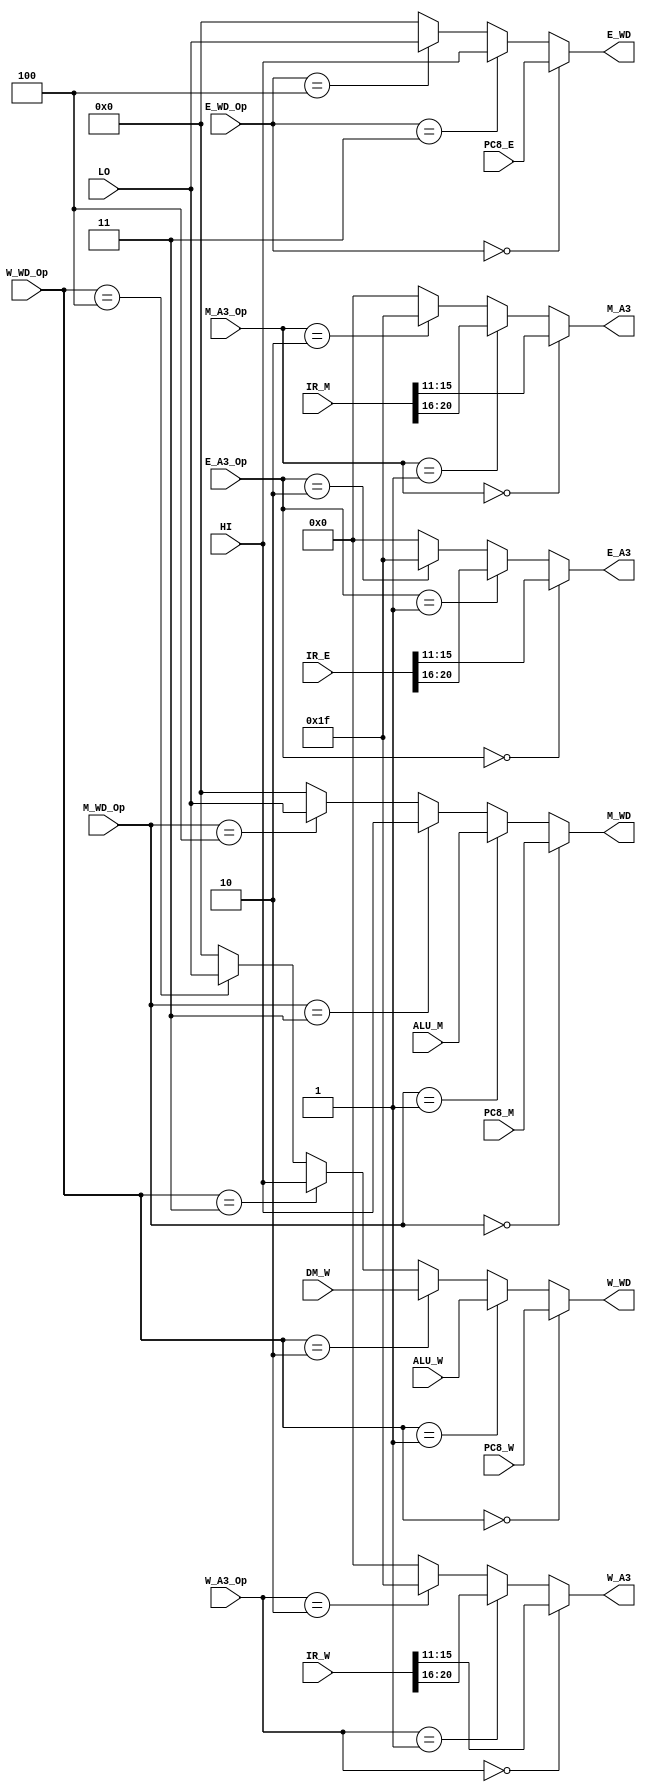
`timescale 1ns / 1ps
//////////////////////////////////////////////////////////////////////////////////
// Company: 
// Engineer: 
// 
// Design Name: 
// Module Name:    Analysis_MUX 
// Project Name: 
// Target Devices: 
// Tool versions: 
// Description: 
//
// Dependencies: 
//
// Revision: 
// Revision 0.01 - File Created
// Additional Comments: 
//
//////////////////////////////////////////////////////////////////////////////////
module Analysis_MUX(
	input [1:0] E_A3_Op,
	input [1:0] M_A3_Op,
	input [1:0] W_A3_Op,
	input [2:0] E_WD_Op,
	input [2:0] M_WD_Op,
	input [2:0] W_WD_Op,
	input [31:0] IR_E,
	input [31:0] IR_M,
	input [31:0] IR_W,
	input [31:0] PC8_E,
	input [31:0] PC8_M,
	input [31:0] PC8_W,
	input [31:0] ALU_M,
	input [31:0] ALU_W,
	input [31:0] DM_W,
	input [31:0] HI,
	input [31:0] LO,
	output [4:0] E_A3,
	output [4:0] M_A3,
	output [4:0] W_A3,
	output [31:0] E_WD,
	output [31:0] M_WD,
	output [31:0] W_WD
    );
	
	wire [4:0] Erd;
	wire [4:0] Ert;
	wire [4:0] Mrd;
	wire [4:0] Mrt;
	wire [4:0] Wrd;
	wire [4:0] Wrt;
	assign Erd = IR_E[15:11];
	assign Ert = IR_E[20:16];
	assign Mrd = IR_M[15:11];
	assign Mrt = IR_M[20:16];
	assign Wrd = IR_W[15:11];
	assign Wrt = IR_W[20:16];
	
	assign E_A3 = (E_A3_Op==2'b00) ? Erd :
				  (E_A3_Op==2'b01) ? Ert :
				  (E_A3_Op==2'b10) ? 5'h1f :
									 5'b00000 ;
									 
	assign M_A3 = (M_A3_Op==2'b00) ? Mrd :
				  (M_A3_Op==2'b01) ? Mrt :
				  (M_A3_Op==2'b10) ? 5'h1f :
									 5'b00000 ;
									 
	assign W_A3 = (W_A3_Op==2'b00) ? Wrd :
				  (W_A3_Op==2'b01) ? Wrt :
				  (W_A3_Op==2'b10) ? 5'h1f :
									 5'b00000 ;
									 
	assign E_WD = (E_WD_Op==3'b000) ? PC8_E :
				  (E_WD_Op==3'b011) ? HI :
				  (E_WD_Op==3'b100) ? LO :
									 32'h00000000;
									 
	assign M_WD = (M_WD_Op==3'b000) ? PC8_M :
				  (M_WD_Op==3'b001) ? ALU_M :
				  (M_WD_Op==3'b011) ? HI :
				  (M_WD_Op==3'b100) ? LO :
									 32'h00000000;
	
	assign W_WD = (W_WD_Op==3'b000) ? PC8_W :
				  (W_WD_Op==3'b001) ? ALU_W :
				  (W_WD_Op==3'b010) ? DM_W :
				  (W_WD_Op==3'b011) ? HI :
				  (W_WD_Op==3'b100) ? LO :
									 32'h00000000;
endmodule